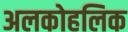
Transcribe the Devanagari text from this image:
अलकोहलिक